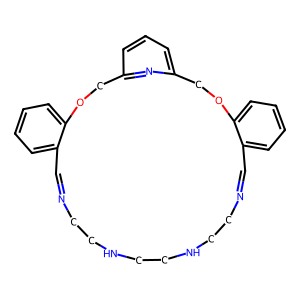
SMILES: C1=NCCNCCNCCN=Cc2ccccc2OCc2cccc(n2)COc2ccccc21
Inhibits HIV replication: No